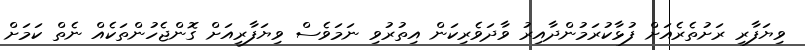
ވިޔަފާރި ރަށުތެރެއަށް ފުޅާކުރަމުންދާއިރު ވާދަވެރިކަން އިތުރުވި ނަމަވެސް ވިޔަފާރީއަށް ގޮންޖެހުންތަކެއް ނެތް ކަމަށް